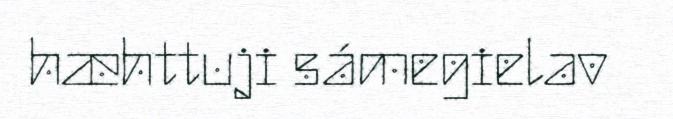
hæhttuji sámegielav